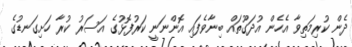
ދެން ކުރިމަތިވާ އެހެން އުދަގޫތައް ބިނާވެފައި އޮންނަނީ ކަރުފޮޅުގެ އަސަރު ކުރާ ހަށިގަނޑުގެ